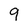
Character: 9